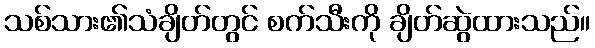
သစ်သား၏သံချိတ်တွင် စက်သီးကို ချိတ်ဆွဲထားသည်။